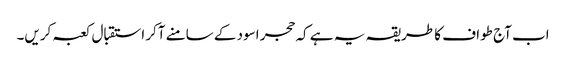
اب آج طواف کا طریقہ یہ ہے کہ حجر اسود کے سامنے آکر استقبال کعبہ کریں۔